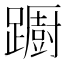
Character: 𨆼